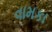
વામકા